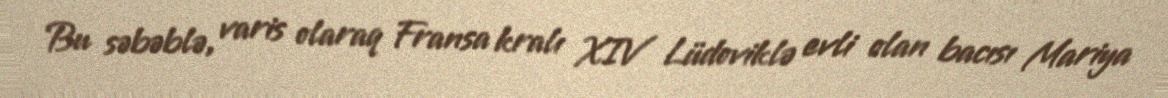
Bu səbəblə, varis olaraq Fransa kralı XIV Lüdoviklə evli olan bacısı Mariya